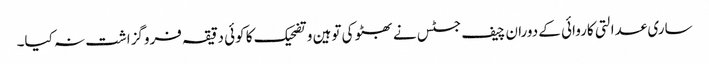
ساری عدالتی کاروائی کے دوران چیف جسٹس نے بھٹو کی توہین و تضحیک کا کوئی دقیقہ فروگزاشت نہ کیا۔